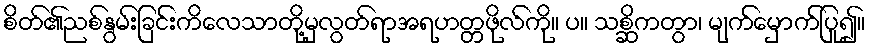
စိတ်၏ညစ်နွမ်းခြင်းကိလေသာတို့မှလွတ်ရာအရဟတ္တဖိုလ်ကို။ ပ။ သစ္ဆိကတွာ၊ မျက်မှောက်ပြု၍။